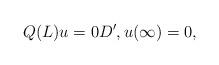
LaTeX: \begin{align*} Q(L)u = 0 D', u(\infty) = 0,\end{align*}